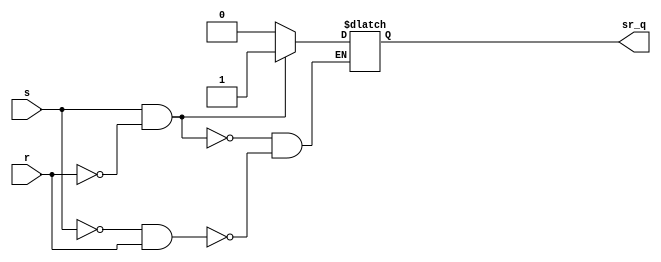
//Create SR Latch for input KEY1('panic' triggered set) & KEY0(armed/disarmed set)
//Last updated: 15/04/2019


module sr_latch
(
	input s, r,		//define input set, reset
	output sr_q		//define output q
);

reg SR_Q;			

always @(s, r)
	begin
		if (s == 1'b1 && r == 1'b0) SR_Q <= 1'b1;			//set
		else if (s == 1'b0 && r == 1'b1) SR_Q <= 1'b0;	//reset
		else SR_Q <= SR_Q;										//hold
	end
	
assign sr_q = SR_Q;

endmodule